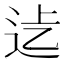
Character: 𨑵